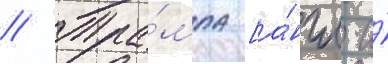
// Тра́мпа [а́нгл. и́